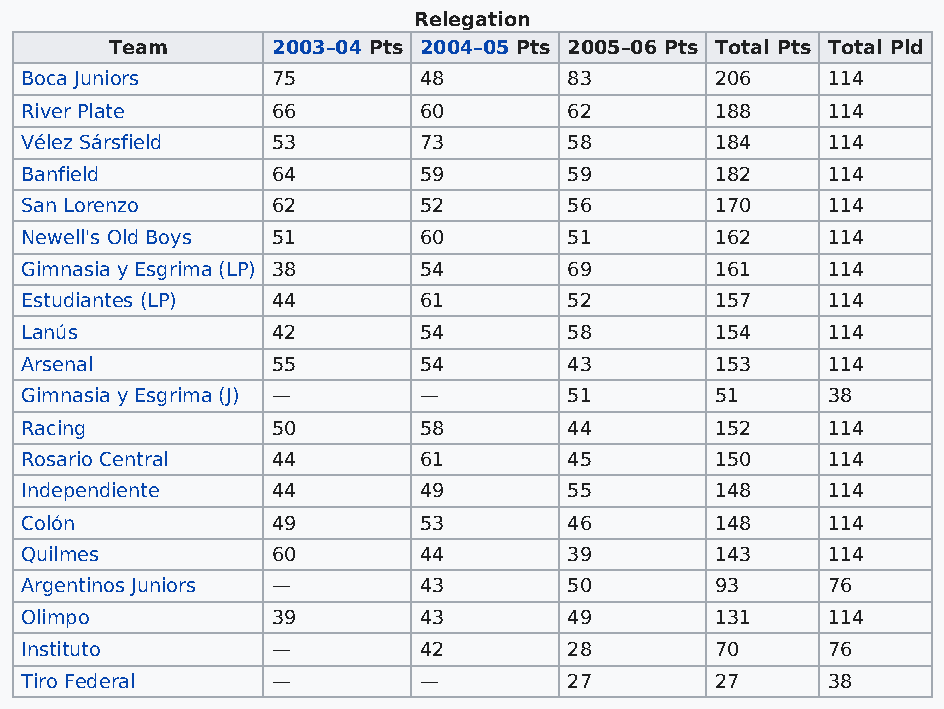
Relegation
 Team       2003–04 Pts 2004–05 Pts 2005–06 Pts Total Pts Total Pld
 Boca Juniors     75        48        83       206     114
 River Plate      66        60        62       188     114
 Vélez Sársfield  53        73        58       184     114
 Banfield         64        59        59       182     114
 San Lorenzo      62        52        56       170     114
 Newell's Old Boys 51       60        51       162     114
 Gimnasia y Esgrima (LP) 38 54        69       161     114
 Estudiantes (LP) 44        61        52       157     114
 Lanús            42        54        58       154     114
 Arsenal          55        54        43       153     114
 Gimnasia y Esgrima (J) —   —         51       51      38
 Racing           50        58        44       152     114
 Rosario Central  44        61        45       150     114
 Independiente    44        49        55       148     114
 Colón            49        53        46       148     114
 Quilmes          60        44        39       143     114
 Argentinos Juniors —       43        50       93      76
 Olimpo           39        43        49       131     114
 Instituto        —         42        28       70      76
 Tiro Federal     —         —         27       27      38